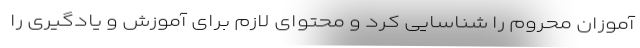
آموزان محروم را شناسایی کرد و محتوای لازم برای آموزش و یادگیری را